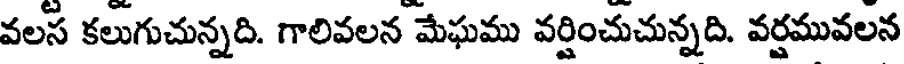
వలస కలుగుచున్నది. గాలివలన మేఘము వర్షించుచున్నది. వర్షమువలన